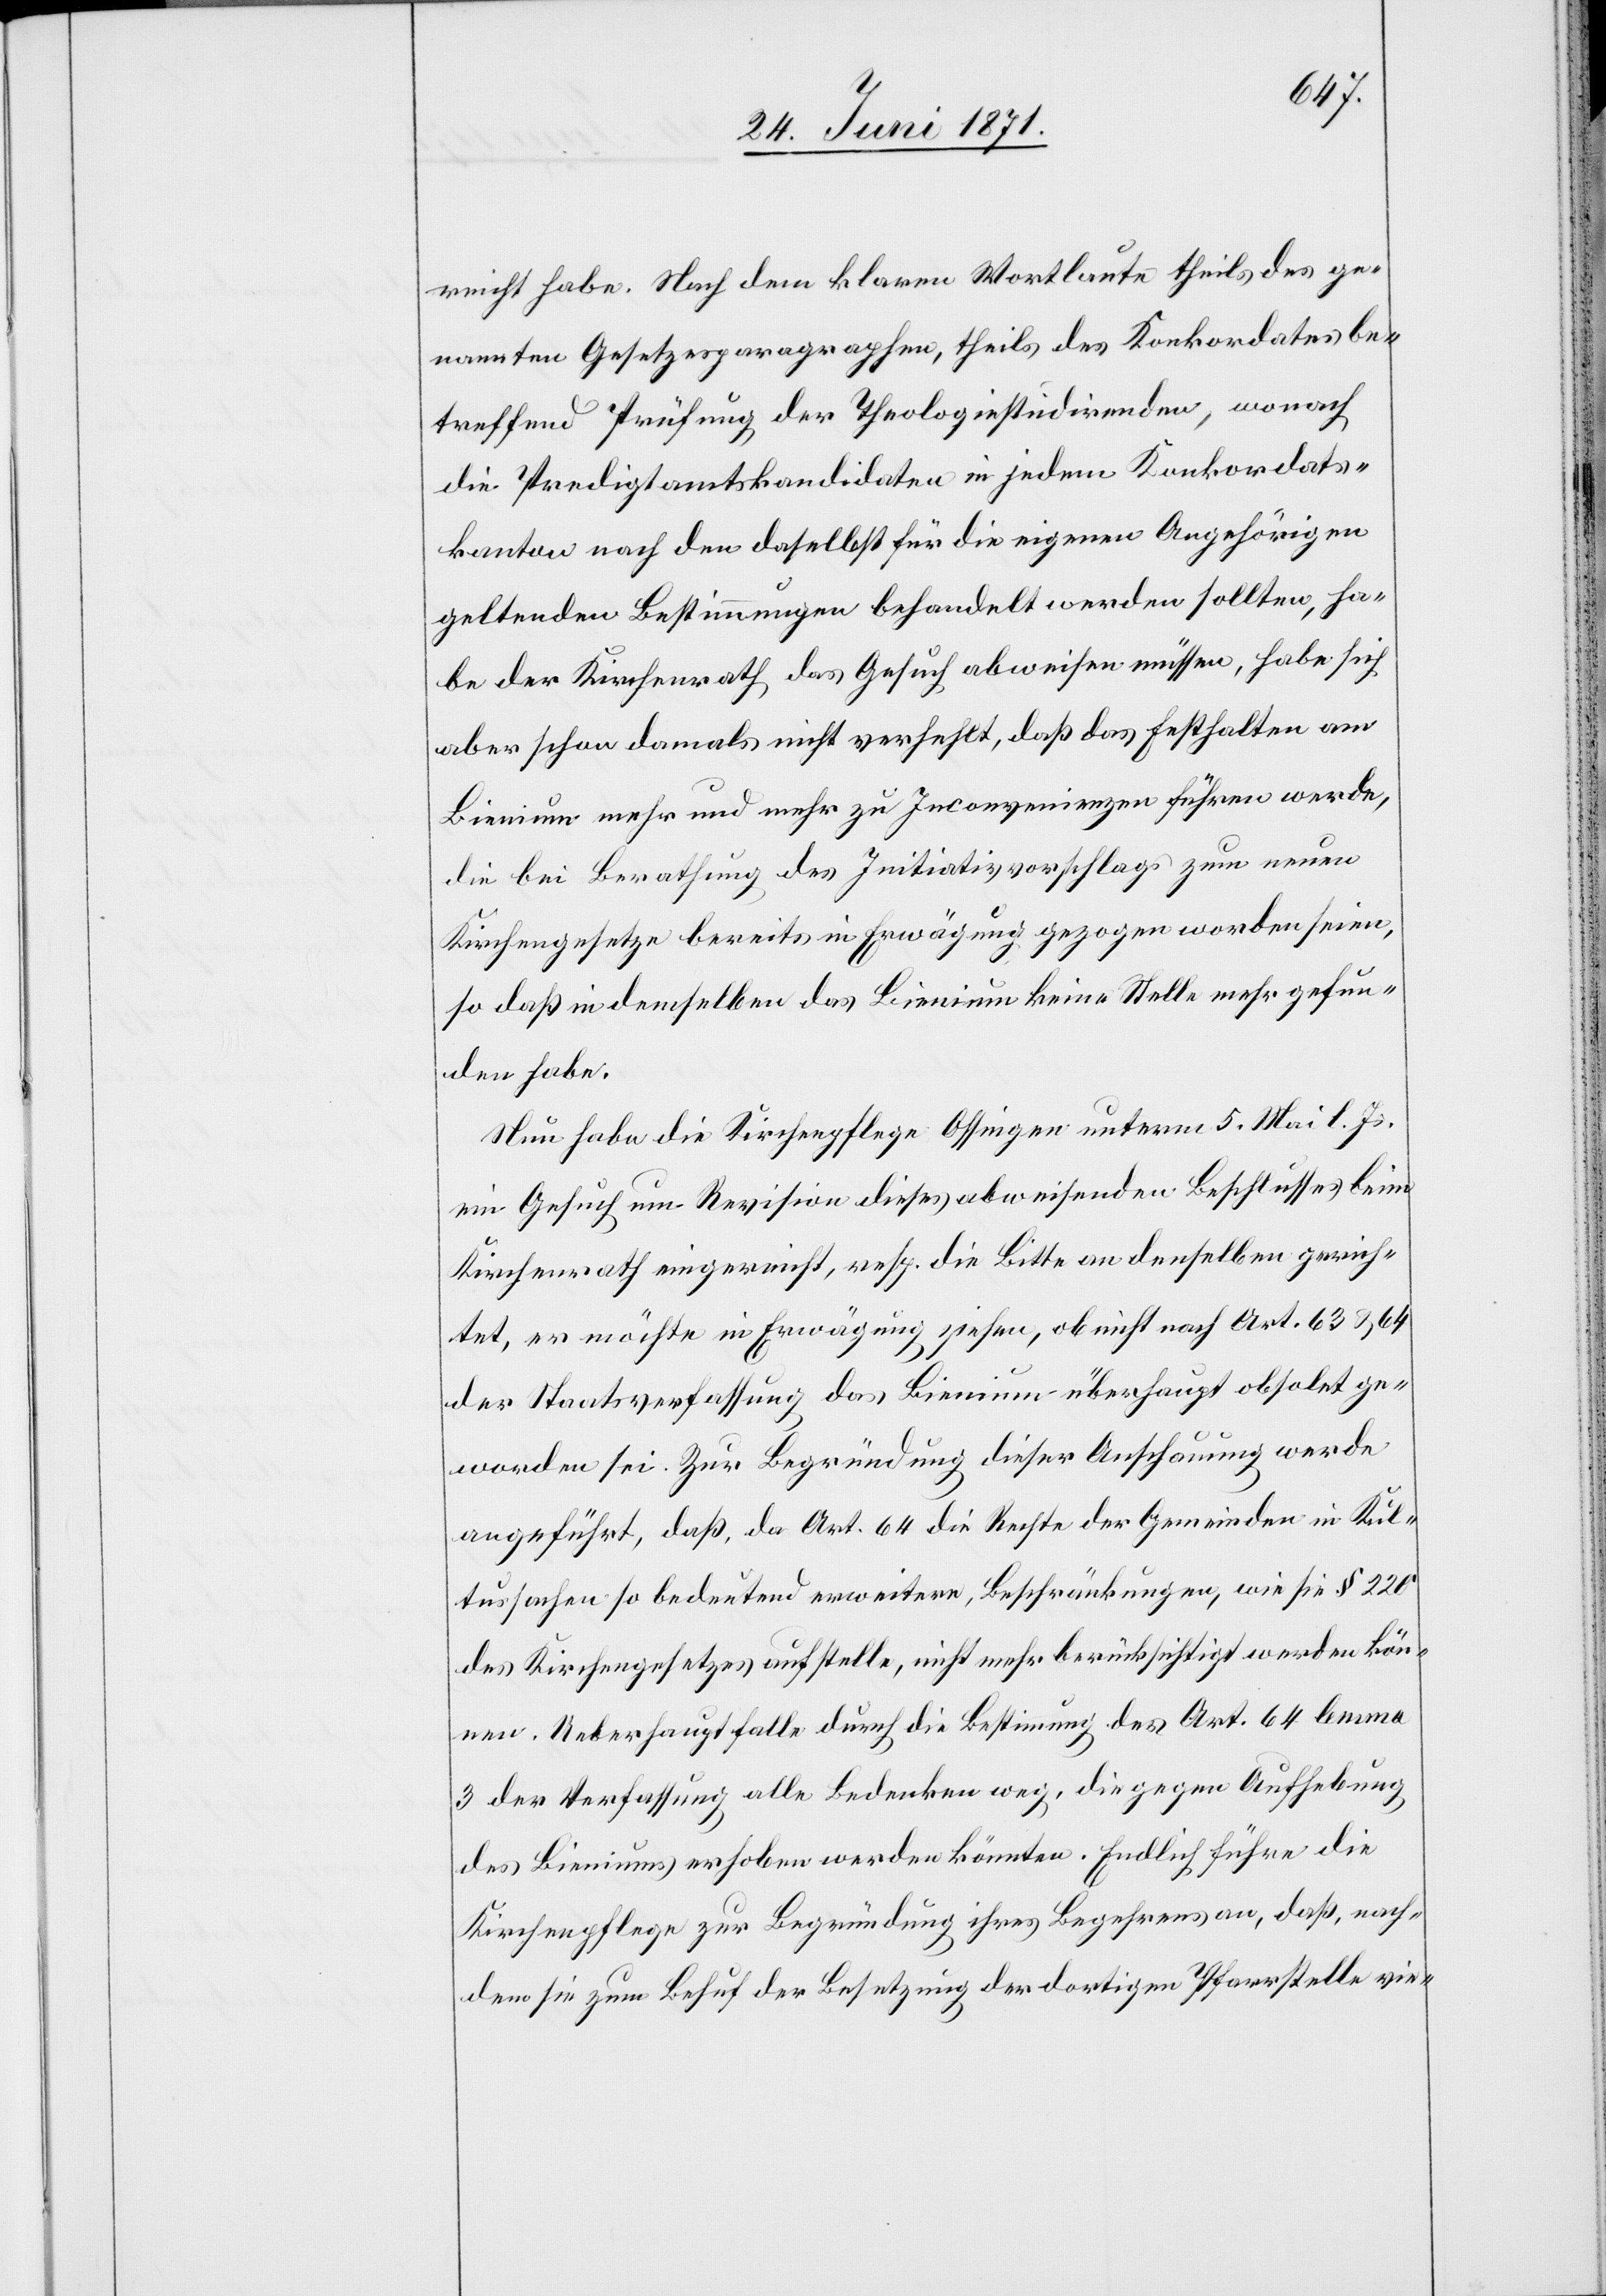
reicht habe. Nach dem klaren Wortlaute theils des ge¬
nannten Gesetzesparagraphen, theils des Konkordates be¬
treffend Prüfung der Theologiestudirenden, wonach
die Predigtamtskandidaten in jedem Konkordats¬
kanton nach den daselbst für die eigenen Angehörigen
geltenden Bestimmungen behandelt werden sollten, ha¬
be der Kirchenrath das Gesuch abweisen müssen, habe sich
aber schon damals nicht verhehlt, daß das Festhalten am
Bienium mehr und mehr zu Inconvenienzen führen werde,
die bei Berathung des Initiativvorschlags zum neuen
Kirchengesetze bereits in Erwägung gezogen worden seien,
so daß in demselben das Bienium keine Stelle mehr gefun¬
den habe.
Nun habe die Kirchenpflege Ossingen unterm 5. Mai l. Js.
ein Gesuch um Revision dieses abweisenden Beschlusses beim
Kirchenrath eingereicht, resp. die Bitte an denselben gerich¬
tet, er möchte in Erwägung ziehen, ob nicht nach Art. 63 u. 64
der Staatsverfassung das Bienium überhaupt obsolet ge¬
worden sei. Zur Begründung dieser Anschauung werde
angeführt, daß, da Art. 64 die Rechte der Gemeinden in Kul¬
tussachen so bedeutend erweitere, Beschränkungen, wie sie § 220
des Kirchengesetzes aufstelle, nicht mehr berücksichtigt werden kön¬
nen. Ueberhaupt falle durch die Bestimmung des Art. 64 lemma
3 der Verfassung alle Bedenken weg, die gegen Aufhebung
des Bieniums erhoben werden könnten. Endlich führe die
Kirchenpflege zur Begründung ihres Begehrens an, daß, nach¬
dem sie zum Behuf der Besetzung der dortigen Pfarrstelle vie-